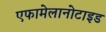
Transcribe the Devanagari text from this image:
एफामेलानोटाइड